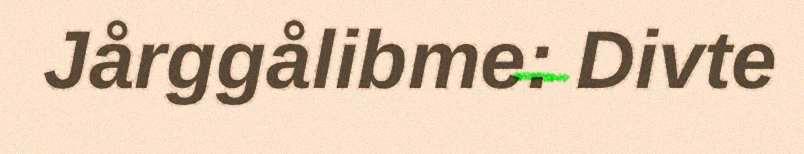
Jårggålibme: Divte